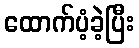
ထောက်ပံ့ခဲ့ပြီး